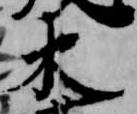
木